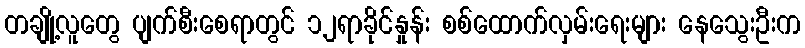
တချို့လူတွေ ပျက်စီးစေရာတွင် ၁၂ရာခိုင်နှုန်း စစ်ထောက်လှမ်းရေးများ နေသွေးဦးက